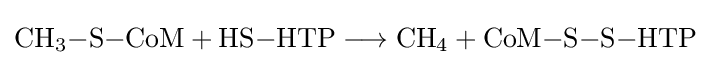
{\mathrm {CH} {\vphantom {A}}_{\smash[{t}]{3}}{-}\mathrm {S} {-}\mathrm {CoM} {}+{}\mathrm {HS} {-}\mathrm {HTP} {}\mathrel {\longrightarrow } {}\mathrm {CH} {\vphantom {A}}_{\smash[{t}]{4}}{}+{}\mathrm {CoM} {-}\mathrm {S} {-}\mathrm {S} {-}\mathrm {HTP} }